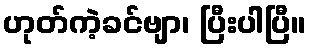
ဟုတ်ကဲ့ခင်ဗျာ၊ ပြီးပါပြီ။